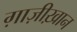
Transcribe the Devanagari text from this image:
ग़ाज़ीख़ान